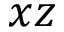
x z